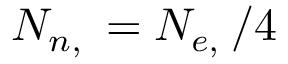
N _ { n , \astrosun } = N _ { e , \astrosun } / 4